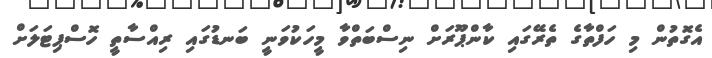
އެގޮތުން މި ހަފްތާގެ ތެރޭގައި ކާންޕޫރަށް ނިސްބަތްވާ މީހަކުވަނީ ބަނޑުގައި ރިއްސާތީ ހޮސްޕިޓަލަށް